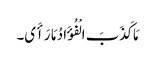
مَا کَذَبَ الْفُؤَادُ مَا رَأَی۔